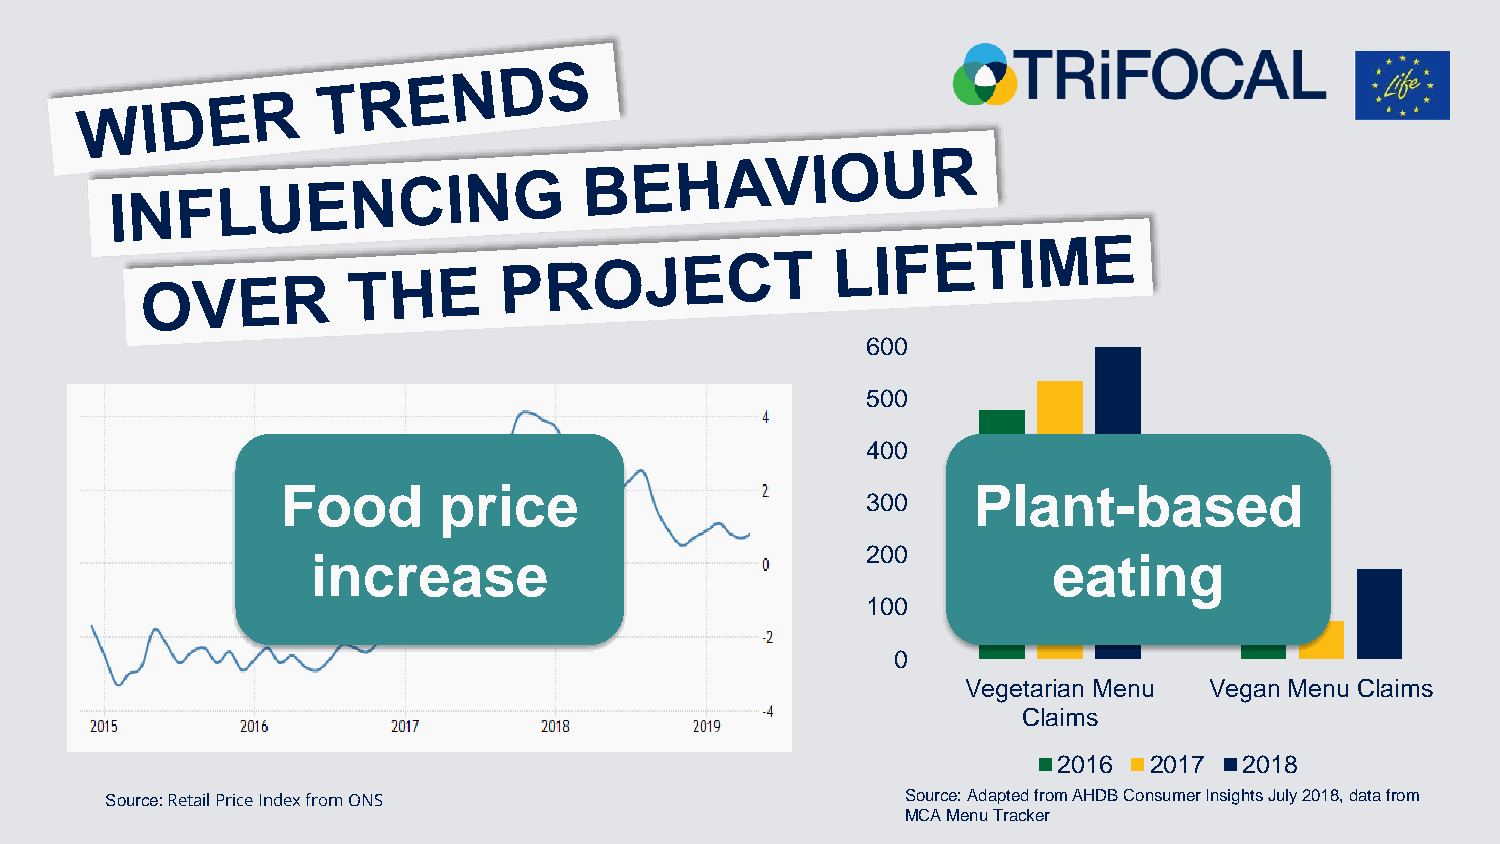
600
 500
 400
 Food      price                              Plant-based
 300
 200
 increase                                         eating
 100
 0
 Vegetarian Menu Vegan Menu Claims
 Claims
 2016  2017  2018
 Source: Retail Price Index from ONS                  Source: Adapted from AHDB Consumer Insights July 2018, data from
 MCA Menu Tracker